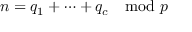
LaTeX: n = q _ { 1 } + \cdots + q _ { c } \mod p